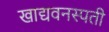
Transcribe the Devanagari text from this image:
खाद्यवनस्पती